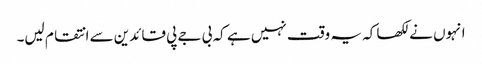
انہوں نے لکھا کہ یہ وقت نہیں ہے کہ بی جے پی قائدین سے انتقام لیں۔